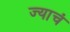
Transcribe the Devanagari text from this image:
ज्याचं